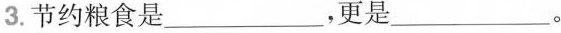
3. 节约粮食是___，更是___。